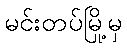
မင်းတပ်မြို့မှ